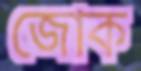
জোক